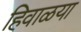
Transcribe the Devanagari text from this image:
हिवाळया